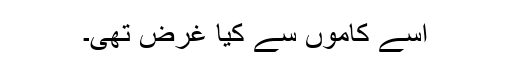
اسے کاموں سے کیا غرض تھی۔